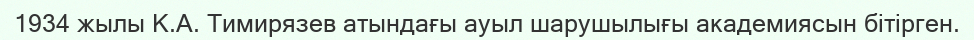
1934 жылы К.А. Тимирязев атындағы ауыл шарушылығы академиясын бітірген.